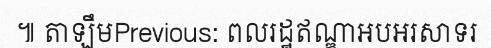
៕ តាឡឹមPrevious: ពលរដ្ឋឥណ្ឌាអបអរសាទរ